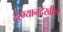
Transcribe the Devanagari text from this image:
दरम्यानदेखील